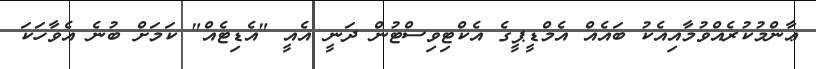
ޢާންމުކުރެއްވުމާއިއެކު ބައެއް އެމްޑީޕީގެ އެކްޓިވިސްޓުން ދަނީ އެއީ "އެޑިޓެއް" ކަމަށް ބުނެ އެވާހަކަ